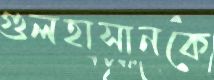
গুলহাসানকে